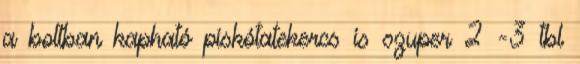
a boltban kapható piskótatekercs is szuper 2 -3 tbl